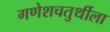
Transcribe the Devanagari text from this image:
गणेशचतुर्थीला